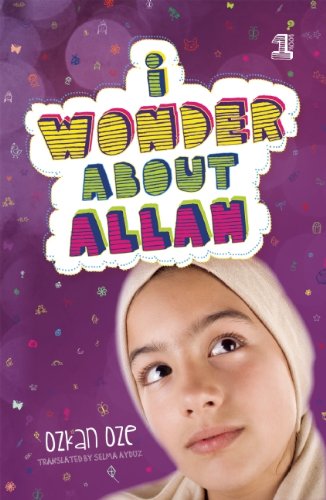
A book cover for I Wonder About Allah: Book One (I Wonder About Islam); Ozkan Oze; Children's Books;